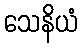
သေနိယံ